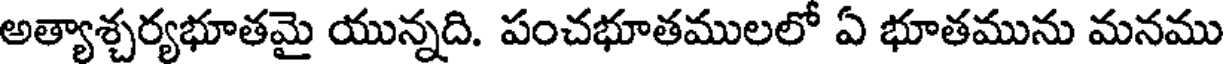
అత్యాశ్చర్యభూతమై యున్నది. పంచభూతములలో ఏ భూతమును మనము